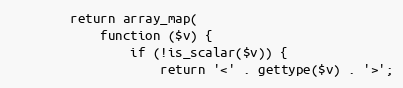
Language: PHP
        return array_map(
            function ($v) {
                if (!is_scalar($v)) {
                    return '<' . gettype($v) . '>';